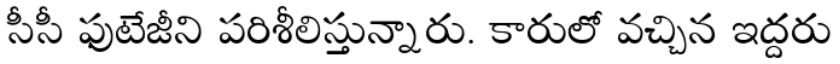
సీసీ ఫుటేజీని పరిశీలిస్తున్నారు. కారులో వచ్చిన ఇద్దరు